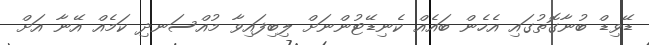
ޑޭވިޑް ބުނާގޮތުގައި އެހެން ބައެއް ކެނިޑޭޓުންނަށް ލިބިފައިވާ މުއްސަނދި ކަމެއް އޭނާ އަށް